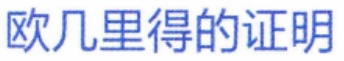
欧几里得的证明